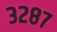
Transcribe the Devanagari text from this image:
३२८७